Leaving Certificate Examination, 1924
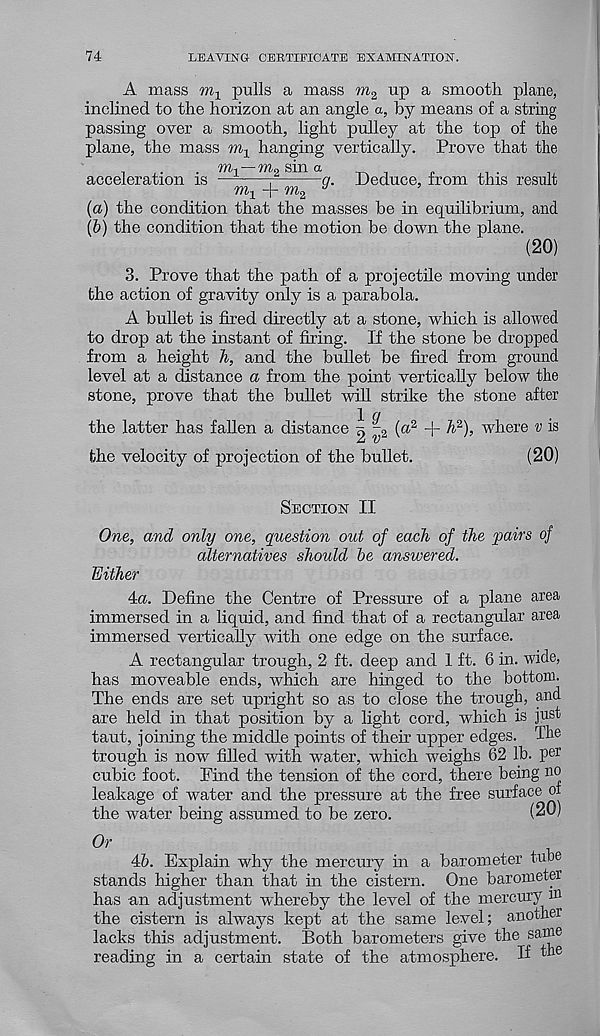
74
LEAVING CERTIFICATE EXAMINATION.
A mass
pulls a mass m 2
U P a smooth plane,
inclined to the horizon at an angle a, by means of a string
passing over a smooth, light pulley at the top of the
plane, the mass m x hanging vertically. Prove that the
.
.
. to-, — m 2 sin a
acceleration is
;
a. Deduce, from this result
TOj
TO 2
y
’
(a) the condition that the masses be in equilibrium, and
(b) the condition that the motion be down the plane.
(20)
3. Prove that the path of a projectile moving under
the action of gravity only is a parabola.
A bullet is fired directly at a stone, which is allowed
to drop at the instant of firing. If the stone be dropped
from a height h, and the bullet be fired from ground
level at a distance a from the point vertically below the
stone, prove that the bullet will strike the stone after
the latter has fallen a distance ^ | 2 (a 2
li l ), where v is
the velocity of projection of the bullet.
(20)
Section II
One, and only one, question out of each of the fairs of
alternatives should be answered.
Either
4a. Define the Centre of Pressure of a plane area
immersed in a liquid, and find that of a rectangular area
immersed vertically with one edge on the surface.
A rectangular trough, 2 ft. deep and 1 ft. 6 in. wide,
has moveable ends, which are hinged to the bottom.
The ends are set upright so as to close the trough, and
are held in that position by a light cord, which is just
taut, joining the middle points of their upper edges. The
trough is nmv filled with water, which weighs 62 lb. per
cubic foot. Find the tension of the cord, there being no
leakage of water and the pressure at the free surface of
the water being assumed to be zero.
(2d)
Or
46. Explain why the mercury in a barometer tube
stands higher than that in the cistern. One barometer
has an adjustment whereby the level of the mercury m
the cistern is always kept at the same level; another
lacks this adjustment. Both barometers give the same
reading in a certain state of the atmosphere. If